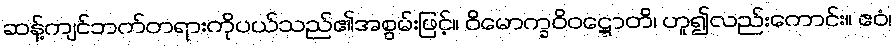
ဆန့်ကျင်ဘက်တရားကိုပယ်သည်၏အစွမ်းဖြင့်။ ဝိမောက္ခဝိဝဋ္ဋောတိ၊ ဟူ၍လည်းကောင်း။ ဧဝံ၊